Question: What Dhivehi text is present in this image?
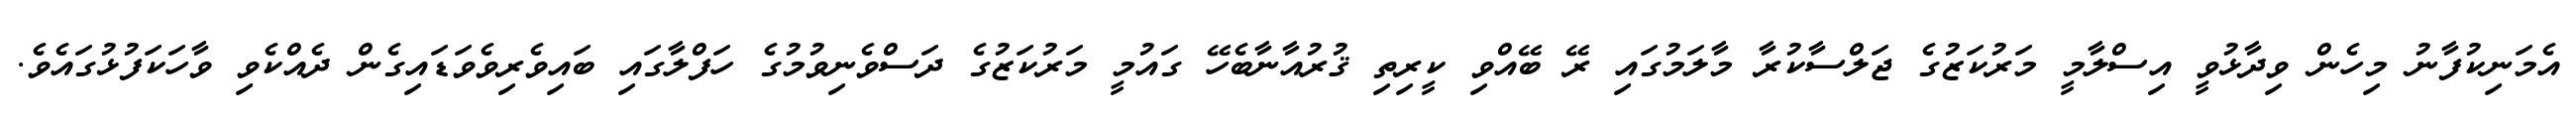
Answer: އެމަނިކުފާނު މިހެން ވިދާޅުވީ އިސްލާމީ މަރުކަޒުގެ ޖަލްސާކުރާ މާލަމުގައި ރޭ ބޭއްވި ކީރިތި ޤުރުއާނާބެހޭ ގައުމީ މަރުކަޒުގެ ދަސްވެނިވުމުގެ ހަފްލާގައި ބައިވެރިވެވަޑައިގެން ދެއްކެވި ވާހަކަފުޅުގައެވެ.